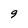
Character: 9